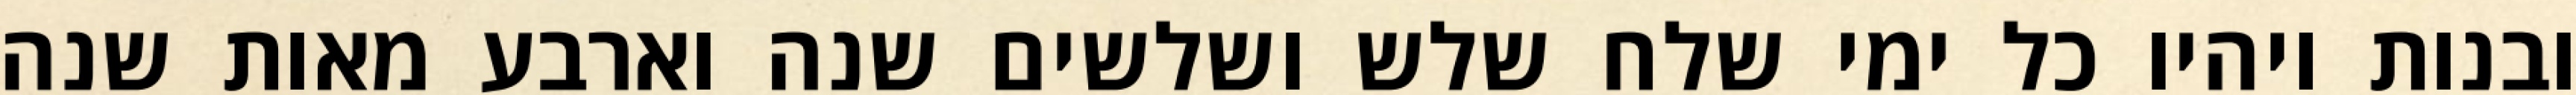
ובנות ויהיו כל ימי שלח שלש ושלשים שנה וארבע מאות שנה